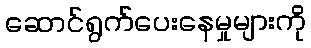
ဆောင်ရွက်ပေးနေမှုများကို